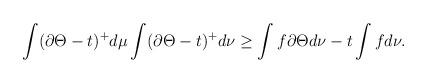
LaTeX: \begin{align*} \int (\partial \Theta - t)^+ d \mu \int (\partial \Theta -t)^+ d \nu \geq \int f \partial \Theta d \nu - t \int f d \nu. \end{align*}